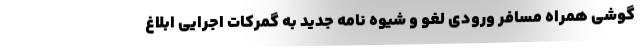
گوشی همراه مسافر ورودی لغو و شیوه نامه جدید به گمرکات اجرایی ابلاغ